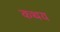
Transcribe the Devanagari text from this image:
कथय